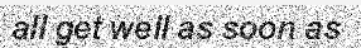
all get well as soon as